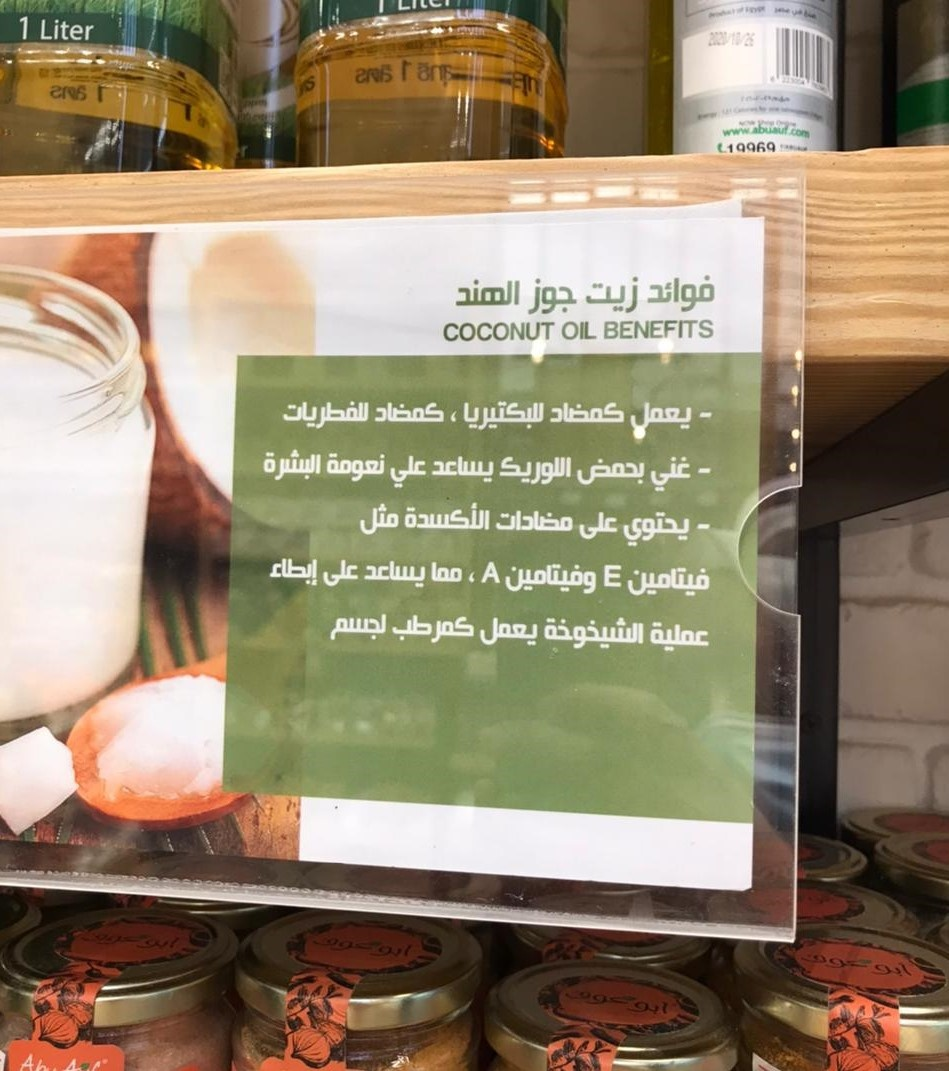
Text in image: الهند فوائد زيت جوز كمضاد كمضاد للفطريات للبكتيريا يعمل البشرة اللوريكـ يساعد نعومة على بحمض غني الأكسدة مثل مضادات على يحتوي إبطاء مما على يساعد وفيتامين فيتامين لجسم كمرطب يعمل الشيخوخة عملية 1 Liter BENEFITS COCONUT OIL A E